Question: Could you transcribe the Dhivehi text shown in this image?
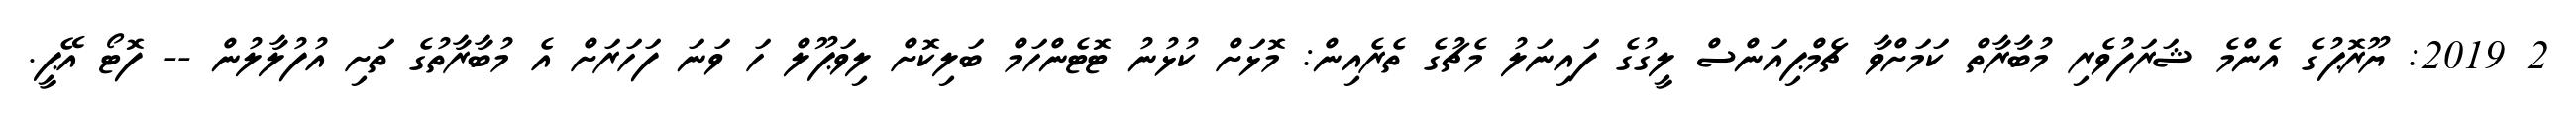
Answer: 2 2019: ޔޫރޮޕުގެ އެންމެ ޝަރަފުވެރި މުބާރާތް ކަމަށްވާ ޗެމްޕިއަންސް ލީގުގެ ފައިނަލު މެޗުގެ ތެރެއިން: މޮޅަށް ކުޅުނު ޓޮޓެންހަމް ބަލިކޮށް ލިވަޕޫލް ހަ ވަނަ ފަހަރަށް އެ މުބާރާތުގެ ތަށި އުފުލާލުން -- ފޮޓޯ އޭޕީ.